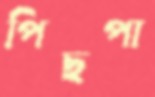
পিছপা